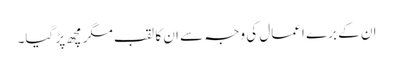
ان کے برے اعمال کی وجہ سے ان کا لقب مگرمچھ پڑ گیا۔